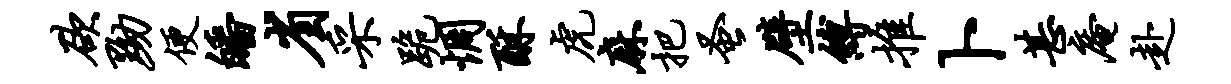
欲黝便皤省采跪惆酥虎麻把蚤壁缚推卜甚庵赴